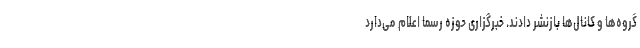
گروه‌ها و کانال‌ها بازنشر دادند. خبرگزاری حوزه رسما اعلام می‌دارد